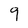
Character: 9